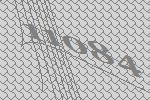
11084